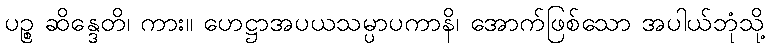
ပဉ္စ ဆိန္ဒေတိ၊ ကား။ ဟေဋ္ဌာအပယသမ္ပာပကာနိ၊ အောက်ဖြစ်သော အပါယ်ဘုံသို့